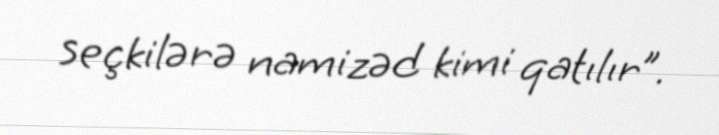
seçkilərə namizəd kimi qatılır”.